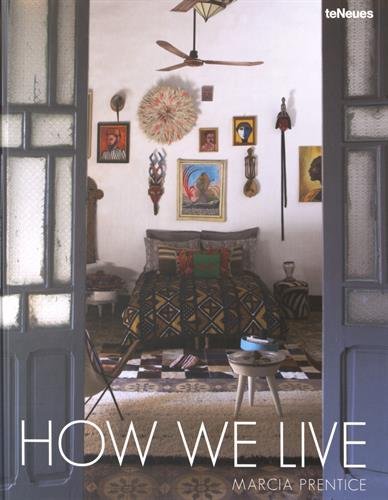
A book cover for How We Live; Arts & Photography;